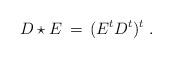
LaTeX: \begin{align*}D \star E \,=\, (E^t D^t)^t \ .\end{align*}